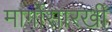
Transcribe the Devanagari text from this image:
मार्गोसारखी